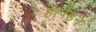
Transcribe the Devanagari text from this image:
हार्पेडन